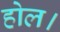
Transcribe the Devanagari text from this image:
होल।